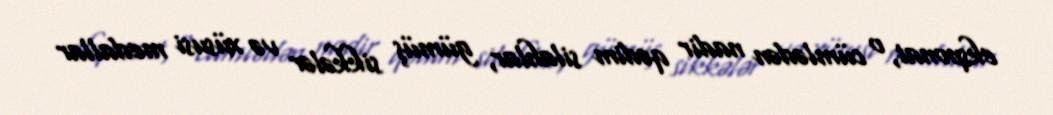
eksponat, o cümlədən nadir qədim silahlar, gümüş sikkələr və xüsusi medallar